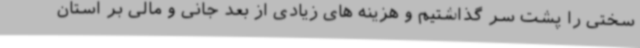
سختی را پشت سر گذاشتیم و هزینه های زیادی از بعد جانی و مالی بر استان